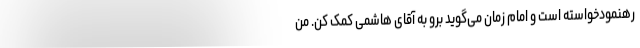
رهنمودخواسته است و امام زمان می‌گوید برو به آقای هاشمی کمک کن. من